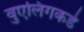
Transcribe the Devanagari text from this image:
वुएलिंगकडे